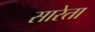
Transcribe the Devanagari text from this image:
सारेता